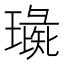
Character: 璏